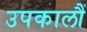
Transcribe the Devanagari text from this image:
उपकालौं